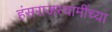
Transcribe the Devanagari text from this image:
हंसराजस्वामींच्या